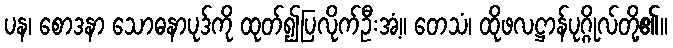
ပန၊ စောဒနာ သောဓနာပုဒ်ကို ထုတ်၍ပြလိုက်ဦးအံ့။ တေသံ၊ ထိုဖလဋ္ဌာန်ပုဂ္ဂိုလ်တို့၏။